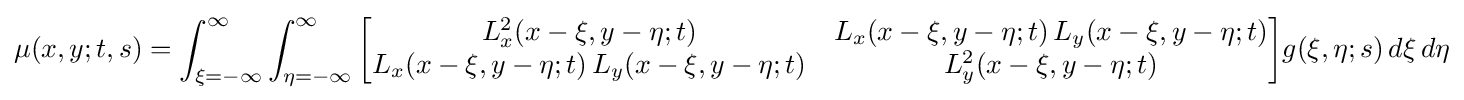
\mu (x,y;t,s)=\int _{\xi =-\infty }^{\infty }\int _{\eta =-\infty }^{\infty }{\begin{bmatrix}L_{x}^{2}(x-\xi ,y-\eta ;t)&L_{x}(x-\xi ,y-\eta ;t)\,L_{y}(x-\xi ,y-\eta ;t)\\L_{x}(x-\xi ,y-\eta ;t)\,L_{y}(x-\xi ,y-\eta ;t)&L_{y}^{2}(x-\xi ,y-\eta ;t)\end{bmatrix}}g(\xi ,\eta ;s)\,d\xi \,d\eta